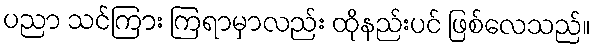
ပညာ သင်ကြား ကြရာမှာလည်း ထိုနည်းပင် ဖြစ်လေသည်။